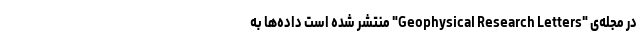
در مجله‌ی "Geophysical Research Letters" منتشر شده است داده‌ها به